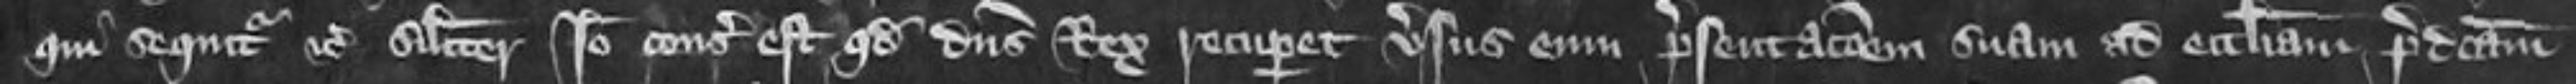
qui sequitur etc Similiter Ideo consideratum est quod dominus Rex recuperet versus eum presentationem suam ad ecclesiam predictam